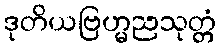
ဒုတိယဗြဟ္မညသုတ္တံ